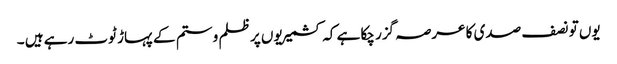
یوں تو نصف صدی کا عرصہ گزر چکا ہے کہ کشمیریوں پر ظلم و ستم کے پہاڑ ٹوٹ رہے ہیں ۔